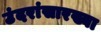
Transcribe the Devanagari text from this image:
उंदरांसारख्या